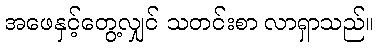
အဖေနှင့်တွေ့လျှင် သတင်းစာ လာရှာသည်။